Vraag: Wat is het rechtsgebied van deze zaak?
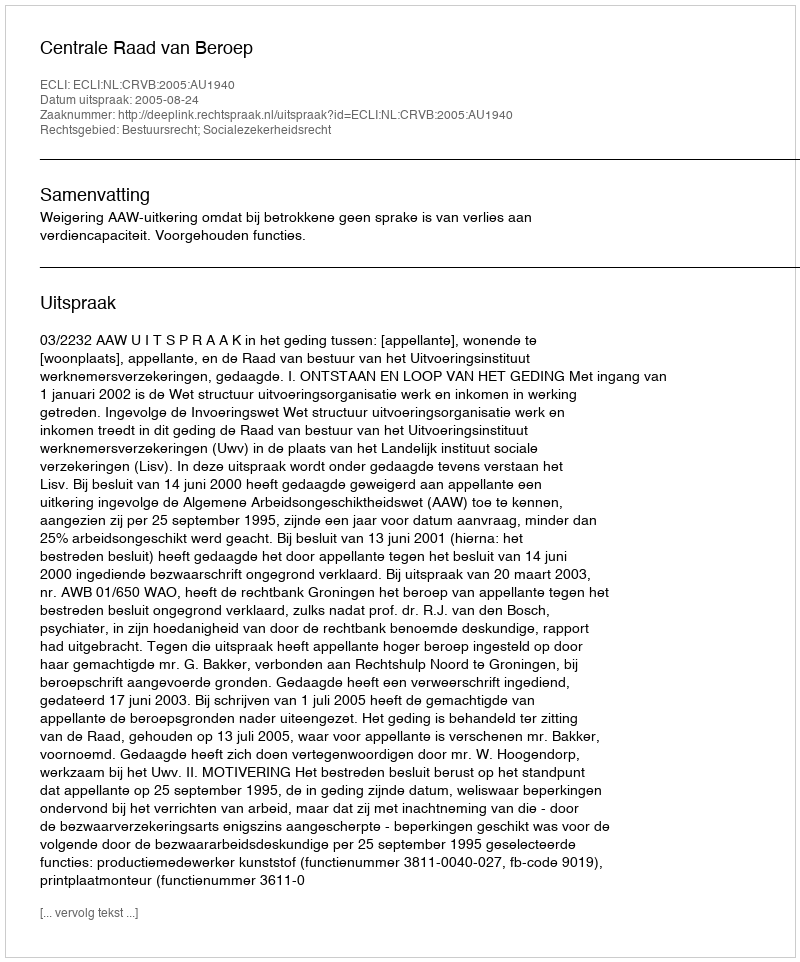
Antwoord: Bestuursrecht; Socialezekerheidsrecht